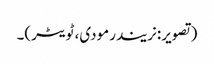
(تصویر:نریندرمودی، ٹویٹر)۔